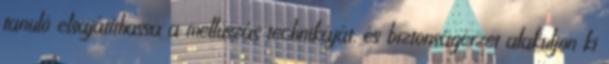
tanuló elsajátíthassa a mellúszás technikáját, és biztonságérzet alakuljon ki